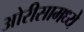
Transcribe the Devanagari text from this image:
ओरीसामध्ये